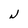
Character: N